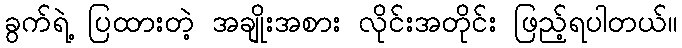
ခွက်ရဲ့ ပြထားတဲ့ အချိုးအစား လိုင်းအတိုင်း ဖြည့်ရပါတယ်။